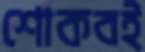
শোকবই